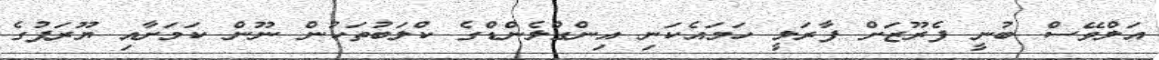
އަލްވޭސް ބުނީ ފެރޫޒަށް ފާރަލީ ހަމައެކަނި އިންގްލެންޑްގެ ކްލަބުތަކުން ނޫން ކަމަށާއި ޔޫރަޕުގެ